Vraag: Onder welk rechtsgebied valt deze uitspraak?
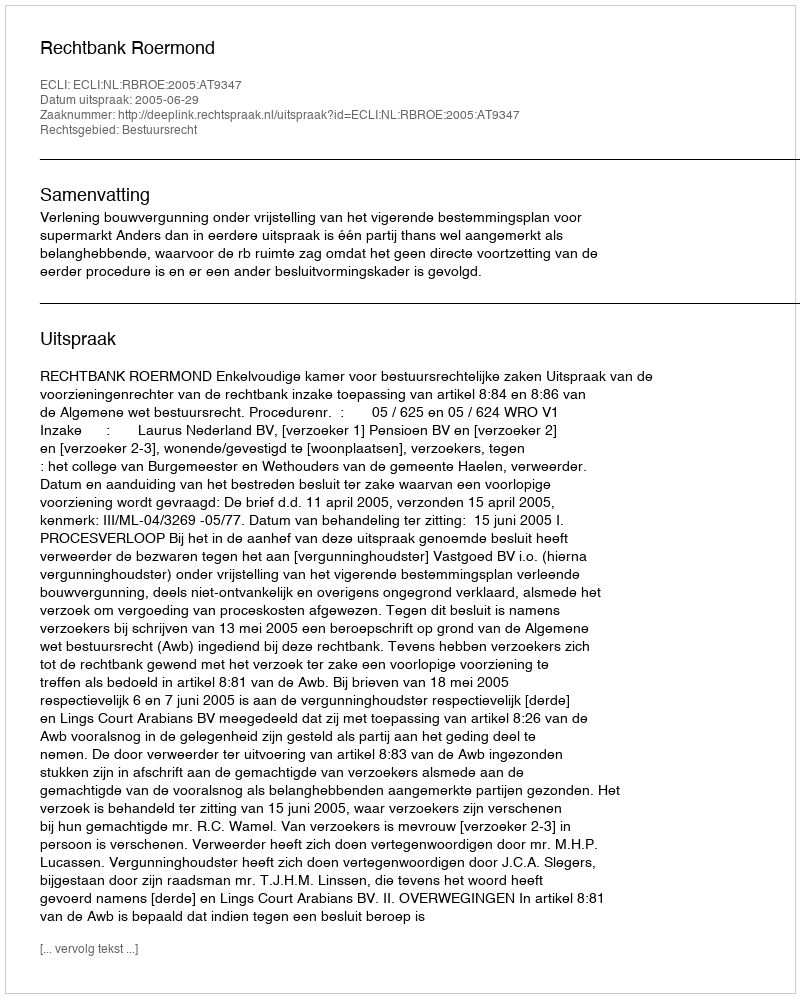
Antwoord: Bestuursrecht